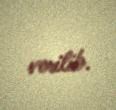
verilib.